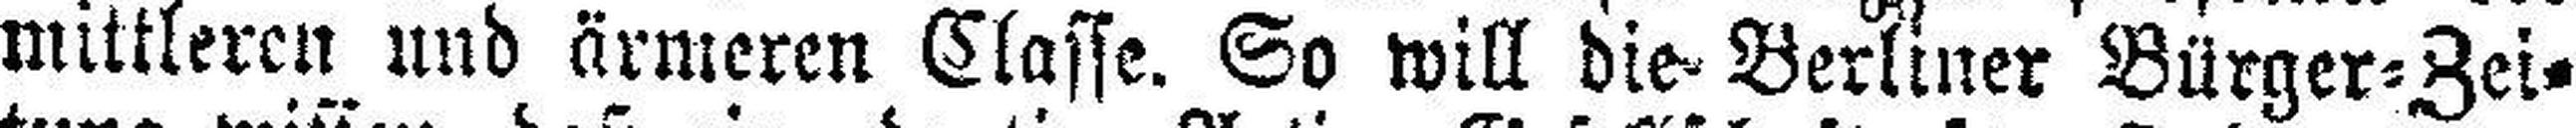
mittleren und ärmeren Classe. So will die Berliner Bürger=Zei¬